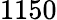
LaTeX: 1150